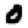
Digit: 0